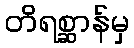
တိရစ္ဆာန်မှ